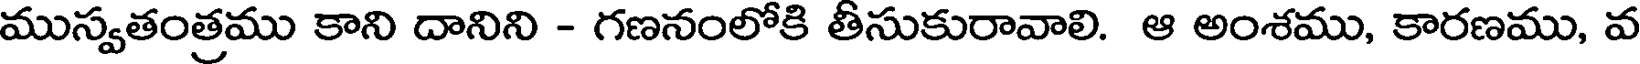
ముస్వతంత్రము కాని దానిని - గణనంలోకి తీసుకురావాలి. ఆ అంశము, కారణము, వ